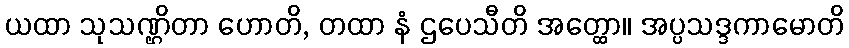
ယထာ သုသဏ္ဌိတာ ဟောတိ, တထာ နံ ဌပေသီတိ အတ္ထော။ အပ္ပသဒ္ဒကာမောတိ